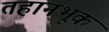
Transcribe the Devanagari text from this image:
तहानभूक